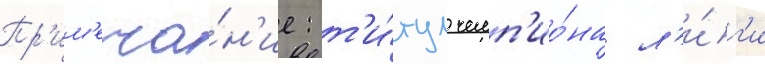
Пр'им'еча́н'ие: т'и́тул чемп'ио́на л'и́г'и